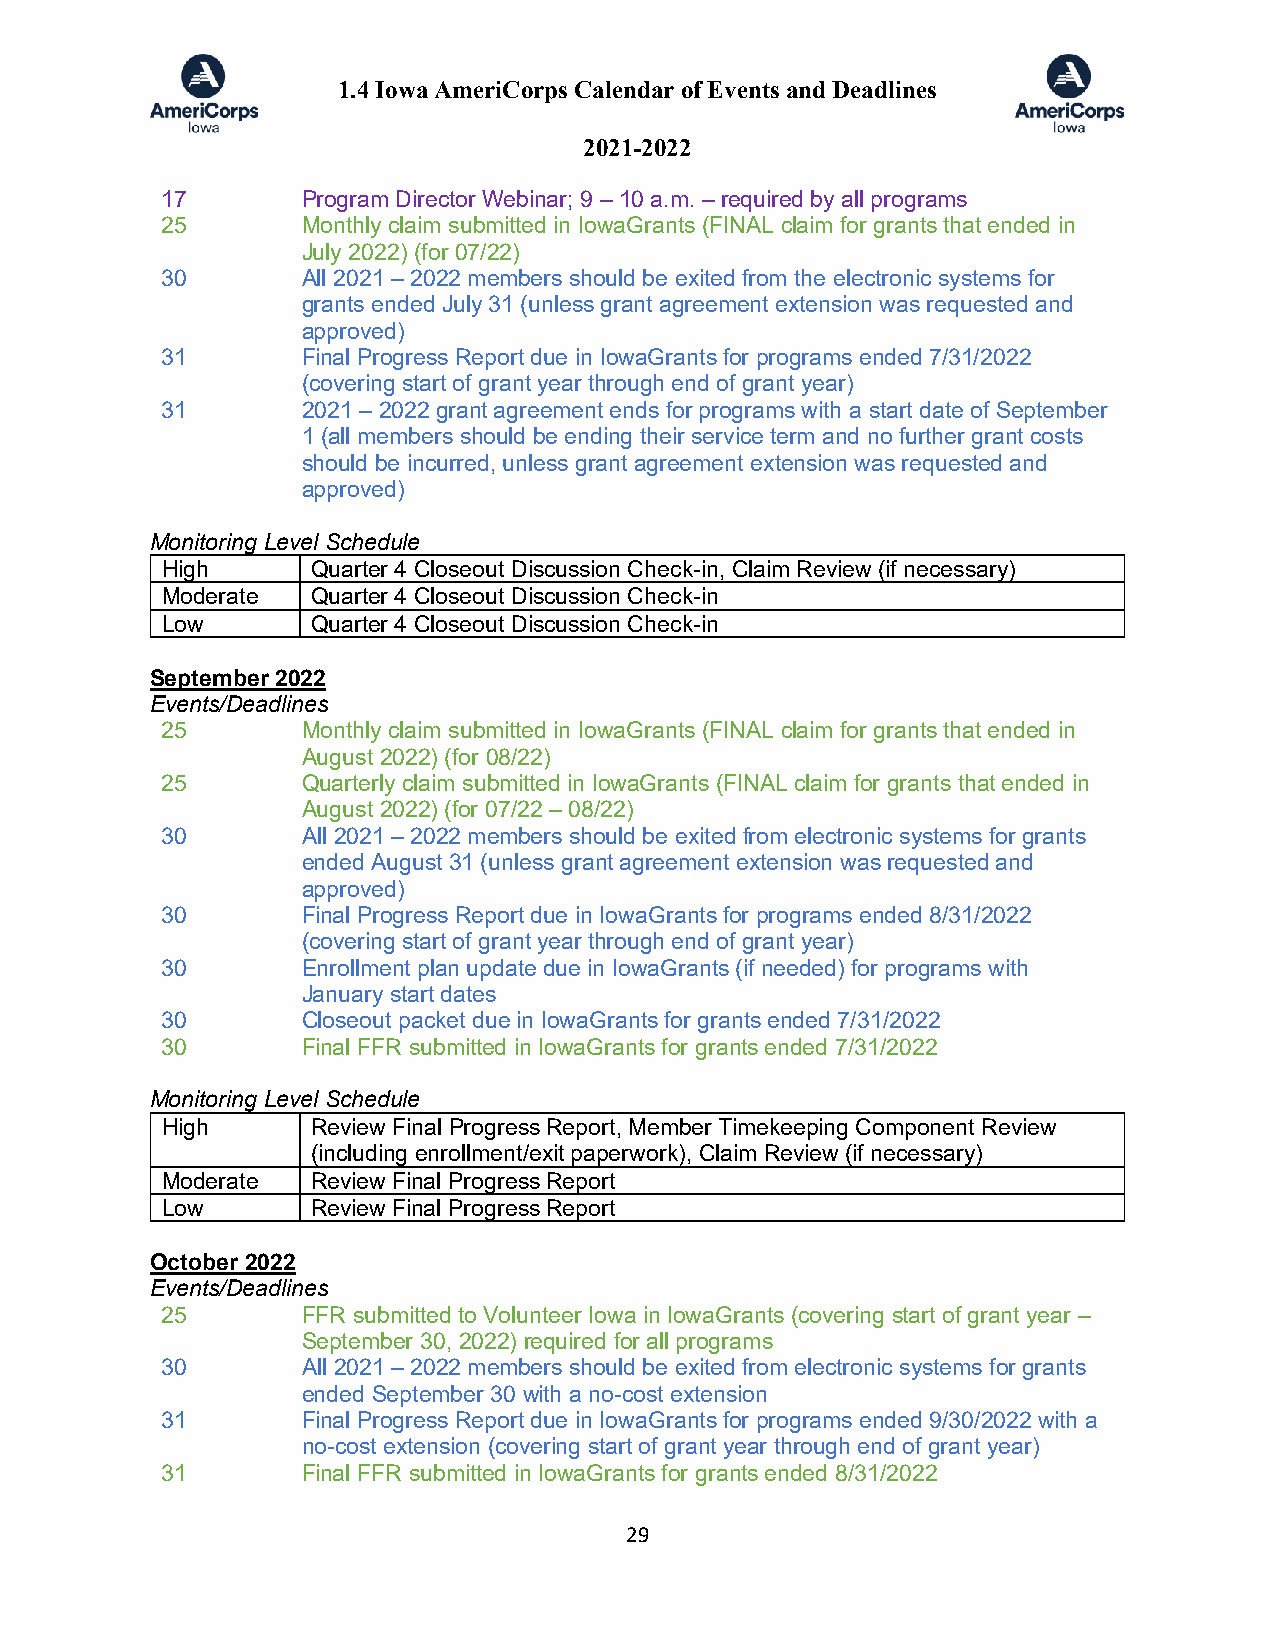
1.4 Iowa AmeriCorps Calendar of Events and Deadlines
 2021-2022
 17       Program Director Webinar; 9 – 10 a.m. – required by all programs
 25       Monthly claim submitted in IowaGrants (FINAL claim for grants that ended in
 July 2022) (for 07/22)
 30       All 2021 – 2022 members should be exited from the electronic systems for
 grants ended July 31 (unless grant agreement extension was requested and
 approved)
 31       Final Progress Report due in IowaGrants for programs ended 7/31/2022
 (covering start of grant year through end of grant year)
 31       2021 – 2022 grant agreement ends for programs with a start date of September
 1 (all members should be ending their service term and no further grant costs
 should be incurred, unless grant agreement extension was requested and
 approved)
 Monitoring Level Schedule
 High      Quarter 4 Closeout Discussion Check-in, Claim Review (if necessary)
 Moderate  Quarter 4 Closeout Discussion Check-in
 Low       Quarter 4 Closeout Discussion Check-in
 September 2022
 Events/Deadlines
 25       Monthly claim submitted in IowaGrants (FINAL claim for grants that ended in
 August 2022) (for 08/22)
 25       Quarterly claim submitted in IowaGrants (FINAL claim for grants that ended in
 August 2022) (for 07/22 – 08/22)
 30       All 2021 – 2022 members should be exited from electronic systems for grants
 ended August 31 (unless grant agreement extension was requested and
 approved)
 30       Final Progress Report due in IowaGrants for programs ended 8/31/2022
 (covering start of grant year through end of grant year)
 30       Enrollment plan update due in IowaGrants (if needed) for programs with
 January start dates
 30       Closeout packet due in IowaGrants for grants ended 7/31/2022
 30       Final FFR submitted in IowaGrants for grants ended 7/31/2022
 Monitoring Level Schedule
 High      Review Final Progress Report, Member Timekeeping Component Review
 (including enrollment/exit paperwork), Claim Review (if necessary)
 Moderate  Review Final Progress Report
 Low       Review Final Progress Report
 October 2022
 Events/Deadlines
 25       FFR submitted to Volunteer Iowa in IowaGrants (covering start of grant year –
 September 30, 2022) required for all programs
 30       All 2021 – 2022 members should be exited from electronic systems for grants
 ended September 30 with a no-cost extension
 31       Final Progress Report due in IowaGrants for programs ended 9/30/2022 with a
 no-cost extension (covering start of grant year through end of grant year)
 31       Final FFR submitted in IowaGrants for grants ended 8/31/2022
 29